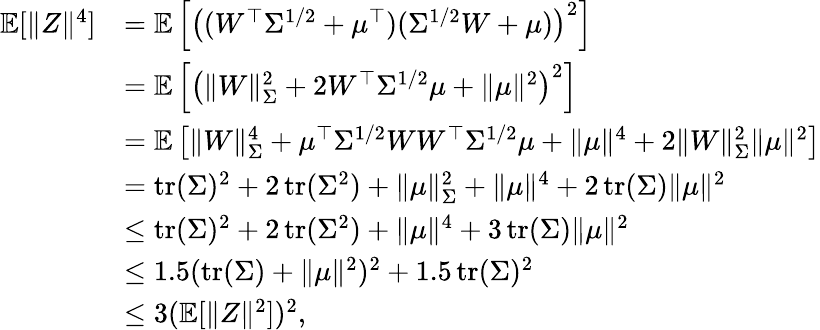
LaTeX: \begin{array}{rl}{\mathbb E[\Vert Z\Vert^{4}]}&{=\mathbb E\left[\left((W^{\top}\Sigma^{1/2}+\mu^{\top})(\Sigma^{1/2}W+\mu)\right)^{2}\right]}\\ &{=\mathbb E\left[\left(\Vert W\Vert_{\Sigma}^{2}+2W^{\top}\Sigma^{1/2}\mu+\Vert\mu\Vert^{2}\right)^{2}\right]}\\ &{=\mathbb E\left[\Vert W\Vert_{\Sigma}^{4}+\mu^{\top}\Sigma^{1/2}WW^{\top}\Sigma^{1/2}\mu+\Vert\mu\Vert^{4}+2\Vert W\Vert_{\Sigma}^{2}\Vert\mu\Vert^{2}\right]}\\ &{=\operatorname{tr}(\Sigma)^{2}+2\operatorname{tr}(\Sigma^{2})+\Vert\mu\Vert_{\Sigma}^{2}+\Vert\mu\Vert^{4}+2\operatorname{tr}(\Sigma)\Vert\mu\Vert^{2}}\\ &{\le\operatorname{tr}(\Sigma)^{2}+2\operatorname{tr}(\Sigma^{2})+\Vert\mu\Vert^{4}+3\operatorname{tr}(\Sigma)\Vert\mu\Vert^{2}}\\ &{\le 1.5(\operatorname{tr}(\Sigma)+\Vert\mu\Vert^{2})^{2}+1.5\operatorname{tr}(\Sigma)^{2}}\\ &{\le 3(\mathbb E[\Vert Z\Vert^{2}])^{2},}\end{array}